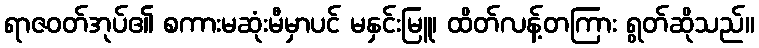
ရာဇဝတ်အုပ်၏ စကားမဆုံးမီမှာပင် မနှင်းမြူ၊ ထိတ်လန့်တကြား ရွတ်ဆိုသည်။